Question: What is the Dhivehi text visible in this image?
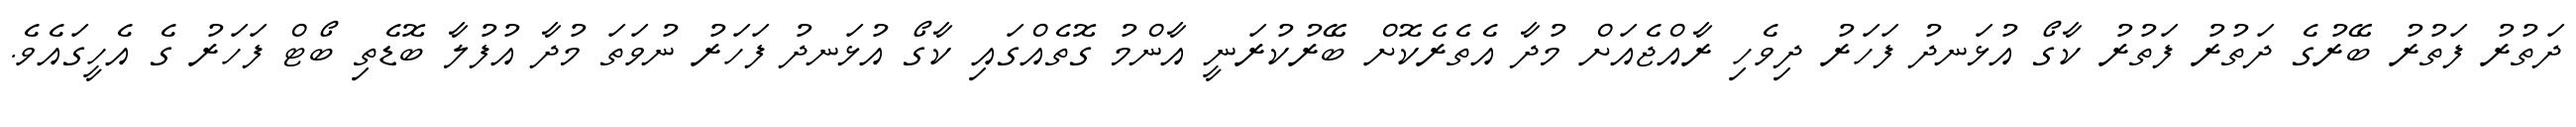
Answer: ދަތުރު ފަތުރު ބޭރުގެ ދަތުރު ފަތުރު ކާގޯ އުޅަނދު ފަހަރު ދިވެހި ރާއްޖެއަށް މުދާ އެތެރެކޮށް ބޭރުކުރަނީ އާންމު ގޮތެއްގައި ކާގޯ އުޅަނދު ފަހަރު ނުވަތަ މުދާ އުފުލާ ބޮޑެތި ބޯޓް ފަހަރު ގެ އެހީގައެވެ.